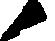
候